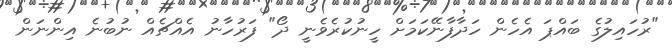
"ރުހައިލުގެ ބައްޕަ އެހެން ހަދާފާނޭކަމަށް ހީނުކުރެވެނީ ދޯ" ފަރުހާނު އެއްޗެއް ނުބުނެ އިންނަން